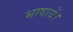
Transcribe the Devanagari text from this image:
भाषायें।